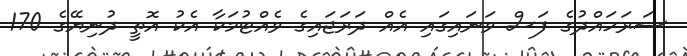
ސަރަހައްދުގެ ފަސް ވަނައިގައި އެއް ދަރަޖައިގެ ވެއްޓުމަކާ އެކު އޮތީ ދުނިޔޭގެ 170